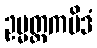
ဥမ္မတ္တကမိဒံ